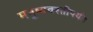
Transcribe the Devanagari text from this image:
मनुष्यवस्तीपर्यंत